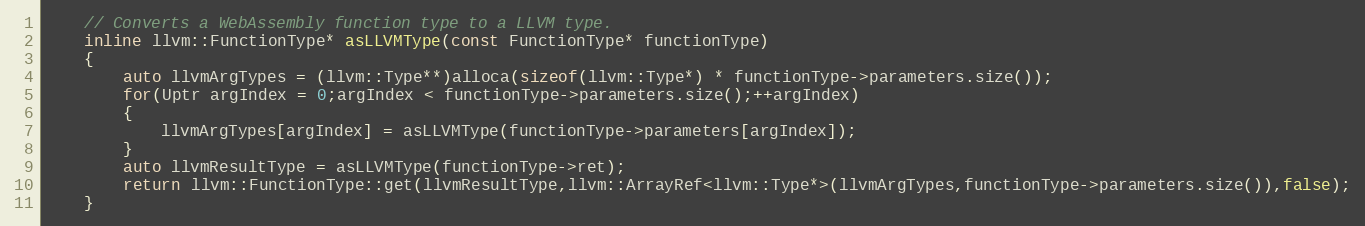
Language: C
	// Converts a WebAssembly function type to a LLVM type.
	inline llvm::FunctionType* asLLVMType(const FunctionType* functionType)
	{
		auto llvmArgTypes = (llvm::Type**)alloca(sizeof(llvm::Type*) * functionType->parameters.size());
		for(Uptr argIndex = 0;argIndex < functionType->parameters.size();++argIndex)
		{
			llvmArgTypes[argIndex] = asLLVMType(functionType->parameters[argIndex]);
		}
		auto llvmResultType = asLLVMType(functionType->ret);
		return llvm::FunctionType::get(llvmResultType,llvm::ArrayRef<llvm::Type*>(llvmArgTypes,functionType->parameters.size()),false);
	}